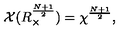
{ \cal X } ( R _ { \times } ^ { \frac { N + 1 } { 2 } } ) = { \chi } ^ { \frac { N + 1 } { 2 } } ,